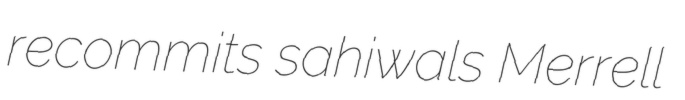
recommits sahiwals Merrell